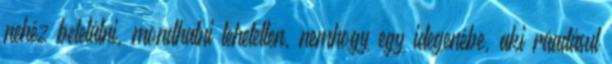
nehéz belelátni, mondhatni lehetetlen, nemhogy egy idegenébe, aki ráadásul